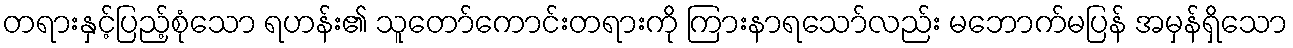
တရားနှင့်ပြည့်စုံသော ရဟန်း၏ သူတော်ကောင်းတရားကို ကြားနာရသော်လည်း မဘောက်မပြန် အမှန်ရှိသော